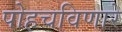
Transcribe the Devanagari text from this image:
पोहचविणारे